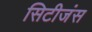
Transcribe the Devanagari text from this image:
सिटीजंस